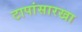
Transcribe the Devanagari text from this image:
टापांसारखा